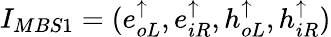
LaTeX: I_{MBS1}=(e_{oL}^{\uparrow},e_{iR}^{\uparrow},h_{oL}^{\uparrow},h_{iR}^{\uparrow})